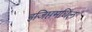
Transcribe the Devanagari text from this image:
इजिप्तमधिल